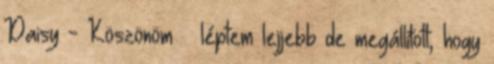
Daisy - Köszönöm – léptem lejjebb de megállított, hogy